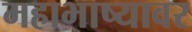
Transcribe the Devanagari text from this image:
महाभाष्यावर